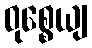
ဝုစ္စေယျ